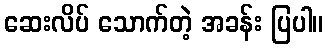
ဆေးလိပ် သောက်တဲ့ အခန်း ပြပါ။